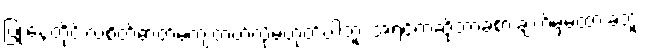
ပြုံးနေတိုင်းလဲစိတ်ဓာတ်မကျတတ်လို့မဟုတ်ပါဘူး အရင်ကဆိုဘာခံစားချက်မှမထားခဲ့ဘူး